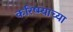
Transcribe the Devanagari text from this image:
करिष्म्याच्या